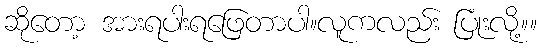
ဆိုတော့ အားရပါးရဖြေတာပါ။လူကလည်း ပြုံးလို့။။